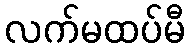
လက်မထပ်မီ